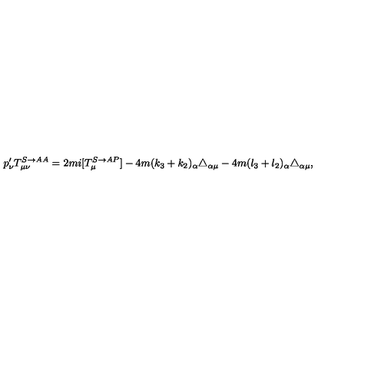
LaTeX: p _ { \nu } ^ { \prime } T _ { \mu \nu } ^ { S \rightarrow A A } = 2 m i [ T _ { \mu } ^ { S \rightarrow A P } ] - 4 m ( k _ { 3 } + k _ { 2 } ) _ { \alpha } \triangle _ { \alpha \mu } - 4 m ( l _ { 3 } + l _ { 2 } ) _ { \alpha } \triangle _ { \alpha \mu } ,